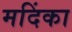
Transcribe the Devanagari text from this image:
मदिंका